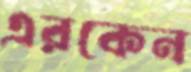
এরকেন